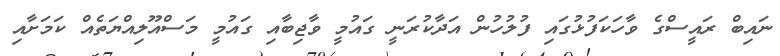
ނައިބް ރައީސްގެ ވާހަކަފުޅުގައި ފުލުހުން އަދާކުރަނީ ގައުމީ ވާޖިބާއި ގައުމީ މަސްއޫލިއްޔަތެއް ކަމަށާއި